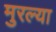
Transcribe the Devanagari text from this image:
मुरल्या